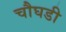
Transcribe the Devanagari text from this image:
चौघडी